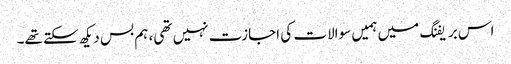
اس بریفنگ میں ہمیں سوالات کی اجازت نہیں تھی، ہم بس دیکھ سکتے تھے۔